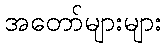
အတော်များများ